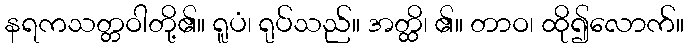
နရကသတ္တဝါတို့၏။ ရူပံ၊ ရုပ်သည်။ အတ္ထိ၊ ၏။ တာဝ၊ ထို၍လောက်။